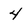
Character: 4